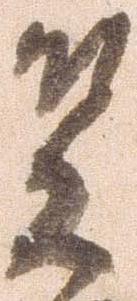
笠